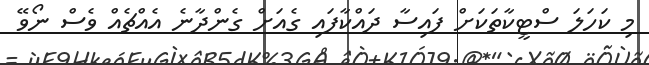
މި ކަހަލަ ސްޓީކާތަކަށް ފައިސާ ދައްކާފައި ގެއަށް ގެންދާނެ އެއްޗެއް ވެސް ނޯވޭ